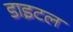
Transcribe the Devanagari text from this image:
डाइटल